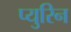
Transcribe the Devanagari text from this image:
प्युरिन